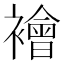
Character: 襘